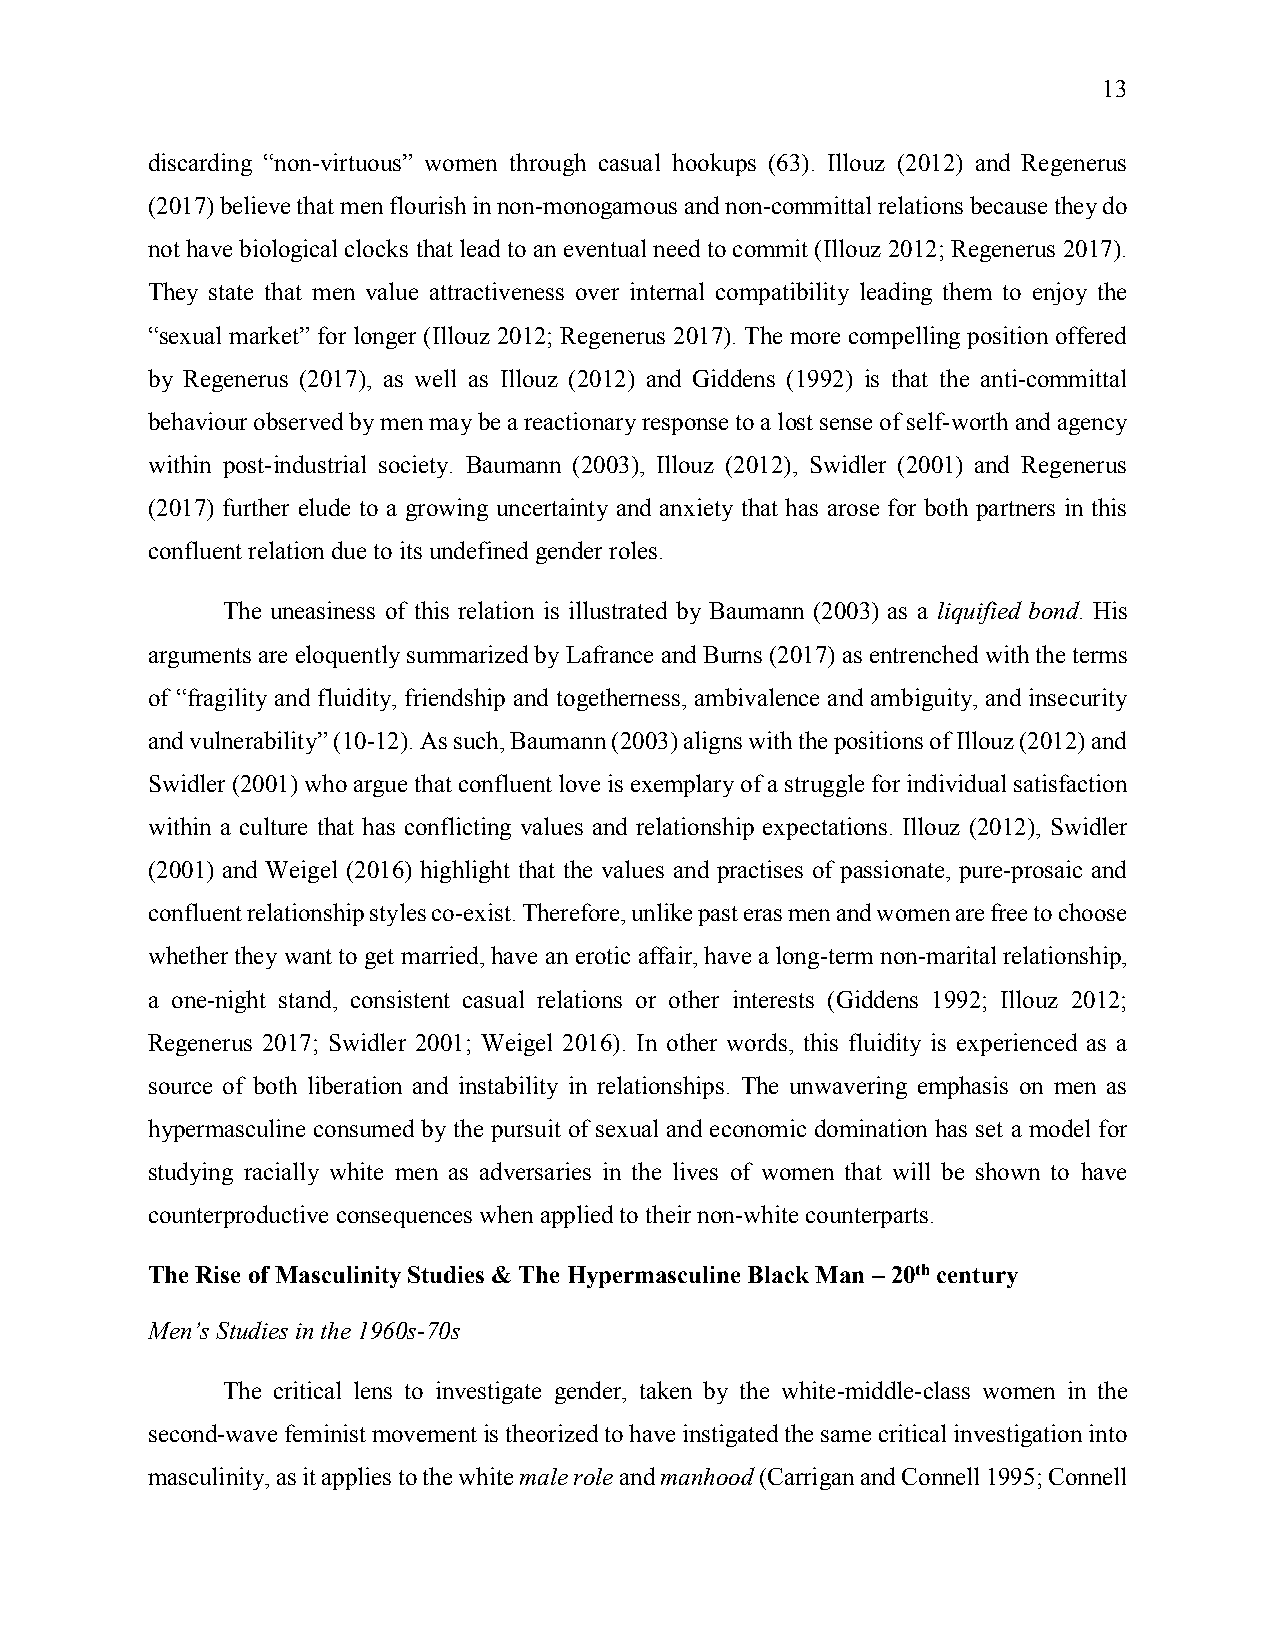
13
 discarding “non-virtuous” women through casual hookups (63). Illouz (2012) and Regenerus
 (2017) believe that men flourish in non-monogamous and non-committal relations because they do
 not have biological clocks that lead to an eventual need to commit (Illouz 2012; Regenerus 2017).
 They state that men value attractiveness over internal compatibility leading them to enjoy the
 “sexual market” for longer (Illouz 2012; Regenerus 2017). The more compelling position offered
 by Regenerus (2017), as well as Illouz (2012) and Giddens (1992) is that the anti-committal
 behaviour observed by men may be a reactionary response to a lost sense of self-worth and agency
 within post-industrial society. Baumann (2003), Illouz (2012), Swidler (2001) and Regenerus
 (2017) further elude to a growing uncertainty and anxiety that has arose for both partners in this
 confluent relation due to its undefined gender roles.
 The uneasiness of this relation is illustrated by Baumann (2003) as a liquified bond. His
 arguments are eloquently summarized by Lafrance and Burns (2017) as entrenched with the terms
 of “fragility and fluidity, friendship and togetherness, ambivalence and ambiguity, and insecurity
 and vulnerability” (10-12). As such, Baumann (2003) aligns with the positions of Illouz (2012) and
 Swidler (2001) who argue that confluent love is exemplary of a struggle for individual satisfaction
 within a culture that has conflicting values and relationship expectations. Illouz (2012), Swidler
 (2001) and Weigel (2016) highlight that the values and practises of passionate, pure-prosaic and
 confluent relationship styles co-exist. Therefore, unlike past eras men and women are free to choose
 whether they want to get married, have an erotic affair, have a long-term non-marital relationship,
 a one-night stand, consistent casual relations or other interests (Giddens 1992; Illouz 2012;
 Regenerus 2017; Swidler 2001; Weigel 2016). In other words, this fluidity is experienced as a
 source of both liberation and instability in relationships. The unwavering emphasis on men as
 hypermasculine consumed by the pursuit of sexual and economic domination has set a model for
 studying racially white men as adversaries in the lives of women that will be shown to have
 counterproductive consequences when applied to their non-white counterparts.
 The Rise of Masculinity Studies & The Hypermasculine Black Man – 20th century
 Men’s Studies in the 1960s-70s
 The critical lens to investigate gender, taken by the white-middle-class women in the
 second-wave feminist movement is theorized to have instigated the same critical investigation into
 masculinity, as it applies to the white male role and manhood (Carrigan and Connell 1995; Connell